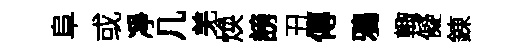
阜或凈几羌焕謗丑傳鴉輙儗錬